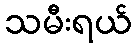
သမီးရယ်